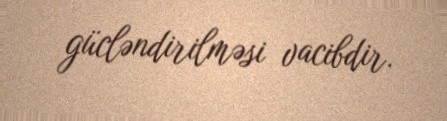
gücləndirilməsi vacibdir.